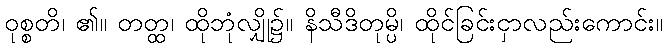
ဝုစ္စတိ၊ ၏။ တတ္ထ၊ ထိုဘုံလျှို၌။ နိသီဒိတုမ္ပိ၊ ထိုင်ခြင်းငှာလည်းကောင်း။